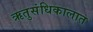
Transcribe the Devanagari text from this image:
ऋतुसंधिकालात